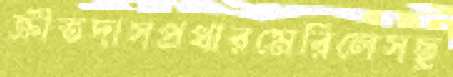
ক্রীতদাসপ্রথারমেরিলেসছু